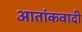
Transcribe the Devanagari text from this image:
आतांकवादी